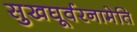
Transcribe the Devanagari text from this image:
सुखघूर्वरनामेति